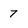
Character: 7